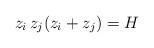
LaTeX: \begin{align*}z_i \, z_j (z_i + z_j) = H\end{align*}